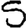
Digit: 5